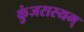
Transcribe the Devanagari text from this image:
कुंजरास्यम्